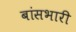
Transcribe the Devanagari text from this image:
बांसभारी